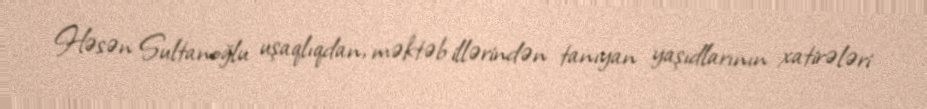
Həsən Sultanoğlu uşaqlıqdan, məktəb illərindən tanıyan yaşıdlarının xatirələri